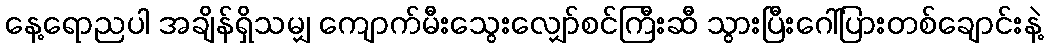
နေ့ရောညပါ အချိန်ရှိသမျှ ကျောက်မီးသွေးလျှော်စင်ကြီးဆီ သွားပြီးဂေါ်ပြားတစ်ချောင်းနဲ့